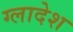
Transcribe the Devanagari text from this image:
ग्लादेश